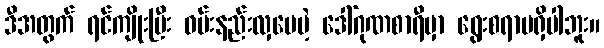
ဒီအတွက် ရင်ကျိုးပြီး ဝမ်းနည်းလှပေမဲ့ ဒေါ်ဂုဏစာရီမှာ ရွေးစရာမရှိပါဘူး။